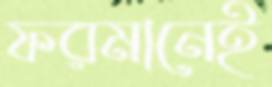
ফরমানেই